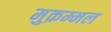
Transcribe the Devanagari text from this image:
मुक़म्मल